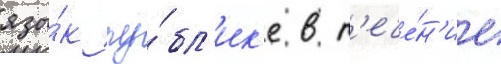
язы́к пу́бл'ик'е в т'ече́н'ие